Vaccination in Bombay 1874-1876 - 1874-1876
Year: 1874
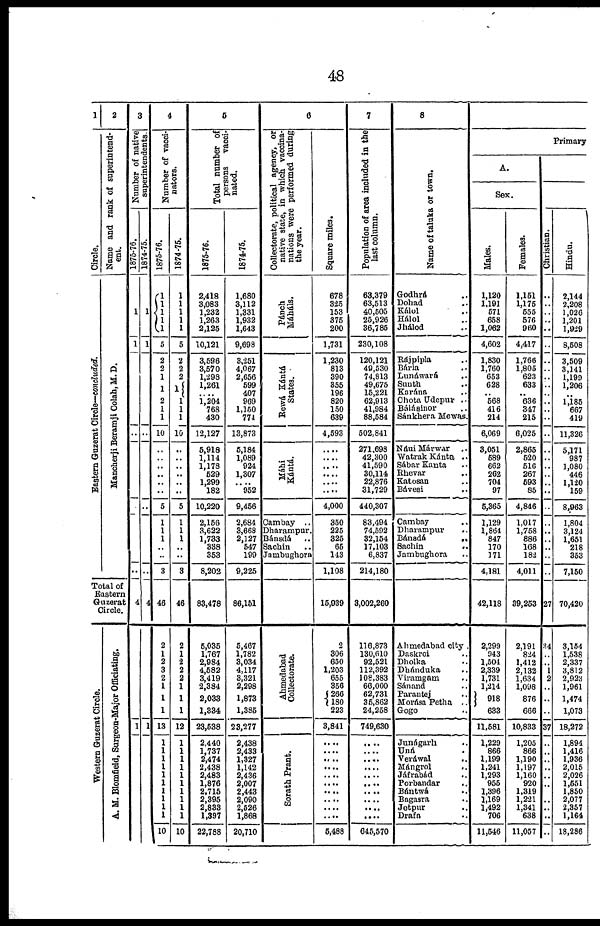
48
1
Circle.
Eastern Guzerat Circle—concluded.
2
Name and rank of superintend-
ent.
Mancherji Beramji Colah, M. D.
Total of
Eastern
Guzerat
Circle.
Western Guzerat Circle.
A. M. Blomfield, Surgeon-Major Officiating.
3
Number of native
superintendents.
1875-76.
1
1
..
..
..
4
1
1874-75.
1
1
..
..
..
4
1
4
Number of vacci-
nators.
1875-76.
1
1
1 1
1
5
2
2
1
1
2
1
1
10
..
..
..
..
..
..
5
1
1
1
..
..
3
46
2
1
2
3
2
1
1
1
13
1
1
1
1
1
1
1
1
1
1
10
1874-75.
1
1
1
1
1
5
2
2
2
1
1
1
1
10
..
..
..
..
..
..
5
1
1
1
..
..
3
46
2
1
2
2
2
1
1
1
12
1
1
1
1
1
1
1
1
1
1
10
5
Total number of
persons
vacci-
nated.
1875-76.
2,418
3,083
1,232
1,263
2,125
10,121
3,596
3,570
1,298
1,261
....
1,204
768
430
12,127
5,918
1,114
1,178
529
1,299
182
10,220
2,156
3,622
1,733
338
353
8,202
83,478
5,035
1,767
2,984
4,582
3,419
2,384
2,033
1,334
23,538
2,440
1,737
2,474
2,438
2,483
1,876
2,715
2,395
2,833
1,397
22,788
1874-75.
1,680
3,112
1,331
1,932
1,643
9,698
3,251
4,067
2,656
599
407
969
1,150
774
13,873
6,184
1,089
924
1,307
....
952
9,456
2,684
3,668
2,127
547
199
9,225
86,151
5,467
1,782
3,034
4,117
3,321
2,298
1,873
1,385
23,277
2,438
2,433
1,327
1,142
2,436
2,007
2,443
2,090
2,626
1,868
20,710
6
Collectorate, political agency, or
native state, in which vaccina¬
nations were performed during
the year.
Pánch
Máháls.
Rewá Kántá
States.
Máhi
Kántá.
Cambay ..
Dharampur.
Bánsdá
Sachin ..
Jambughora
Ahmedabad
Collectorate.
Sorath Prant.
Square miles.
678
325
153
375
200
1,731
1,230
813
390
355
196
820
150
639
4,593
....
.... ....
....
....
....
4,000
350
225
325
65
143
1,108
15,939
2
306
650
1,203
655
356
266
180
223
3,841
....
.... ....
....
.... ....
....
....
....
....
5,488
7
Population of area included in the
last column.
63,379
63,513
40,505
25,926
36,785
230,108
120,121
49,530
74,813
49,675
15,221
62,913
41,984
88,584
502,841
271,698
42,300
41,590
30,114
22,876
31,729
440,307
83,494
74,592
32,154
17,103
6,837
214,180
3,002,260
116,873
130,610
92,521
112,392
108,383
66,000
62,731
36,862
24,258
749,630
....
....
....
....
.... ....
....
.... ....
....
645,570
8
Name of taluka or town,
Godhrá ..
Dohad ..
Kálol ..
Hálol ..
Jhálod ..
Rájpipla ..
Bária ..
Lunáwará ..
Sunth ..
Karána ..
Chota Udepur ..
Bálásinor ..
Sánkhera Mewas.
Náui Márwar ..
Watrak Kánta ..
Sábar Kanta ..
Rhevar ..
Katosan ..
Bávesi ..
Cambay
Dharampur
..
Bánsdá
..
Sachin
..
Jambughora ..
Ahmedabad city .
Daskroi ..
Dholka ..
Dhánduka ..
Viramgam ..
Sánand ..
Parantej ..
Morása Petha ..
Gogo ..
Junágarh ..
Uná ..
Veráwal ..
Mángrol ..
Jáfrabad ..
Porbandar ..
Bántwá ..
Bagasra
..
Jetpur ..
Drafa ..
Primary
A.
Sex.
Males.
1,120
1,191
571
658
1,062
4,602
1,830
1,760
653
628
.. 568
416
214
6,069
3,051
589
662
262
704
97
5,365
1,129
1,864
847
170
171
4,181
42,118
2,299
943
1,504
2,339
1,731
1,214
918
633
11,581
1,229
866
1,199
1,241
1,293
955
1,396
1,169
1,492
706
11,546
Females.
1,151
1,175
555
576
960
4,417
1,766
1,805
623
633
.. 636
347
215
6,025
2,865
520
516
267
593
85
4,846
1,017
1,758
886
168
182
4,011
39,253
2,191
824
1,412
2,132
1,634
1,098
876
666
10,833
1,205
866
1,190
1,197
1,160
920
1,319
1,221
1,341
638
11,057
Christian.
..
..
..
..
..
..
..
.. ..
..
..
..
..
..
..
..
..
..
..
..
..
..
..
..
..
..
..
..
27
34
..
..
1
2
..
..
..
37
..
..
..
..
..
..
..
..
..
..
..
Hindu.
2,144
2,208
1,026
1,201
1,929
8,508
3,509
3,141
1,199
1,206
..
1,185
667
419
11,326
5,171
987
1,080
446
1,120
159
8,963
1,804
3,124
1,651
218
353
7,150
70,420
3,154
1,538
2,337
3,812
2,923
1,961
1,474
1,073
18,272
1,894
1,416
1,936
2,015
2,026
1,551
1,850
2,077
2,357
1,164
18,286